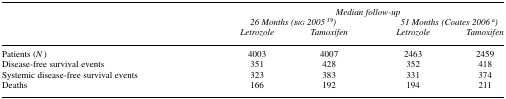
<table><thead><tr><td></td><td colspan="4"><b>Median follow-up</b></td></tr><tr><td></td><td colspan="2"><b>26 Months (big 2005 19)</b></td><td colspan="2"><b>51 Months (Coates 2006 a)</b></td></tr><tr><td></td><td><b>Letrozole</b></td><td><b>Tamoxifen</b></td><td><b>Letrozole</b></td><td><b>Tamoxifen</b></td></tr></thead><tbody><tr><td>Patients (<i>N</i> )</td><td>4003</td><td>4007</td><td>2463</td><td>2459</td></tr><tr><td>Disease-free survival events</td><td>351</td><td>428</td><td>352</td><td>418</td></tr><tr><td>Systemic disease-free survival events</td><td>323</td><td>383</td><td>331</td><td>374</td></tr><tr><td>Deaths</td><td>166</td><td>192</td><td>194</td><td>211</td></tr></tbody></table>